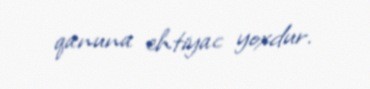
qanuna ehtiyac yoxdur.